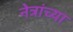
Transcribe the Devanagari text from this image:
नेत्रांच्या